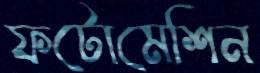
ফটোমেশিন